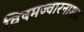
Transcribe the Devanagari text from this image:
विषमज्वारनाशक